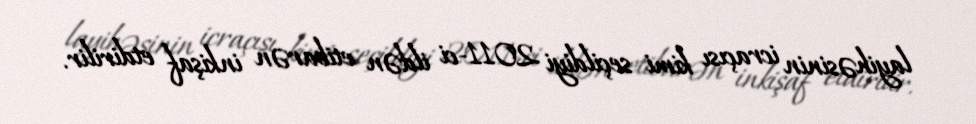
layihəsinin icraçısı kimi seçildiyi 2011-ci ildən etibarən inkişaf etdirilir.